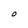
Character: O